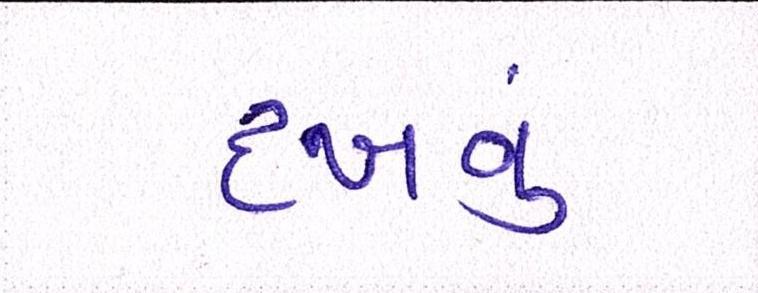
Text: દઃખવું